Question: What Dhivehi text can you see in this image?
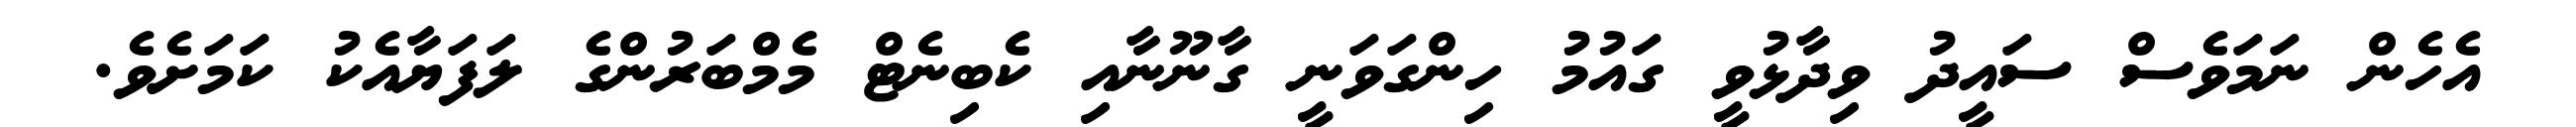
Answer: އެހެން ނަމަވެސް ސައީދު ވިދާޅުވީ ގައުމު ހިންގަވަނީ ގާނޫނާއި ކެބިނެޓް މެމްބަރުންގެ ލަފަޔާއެކު ކަމަށެވެ.